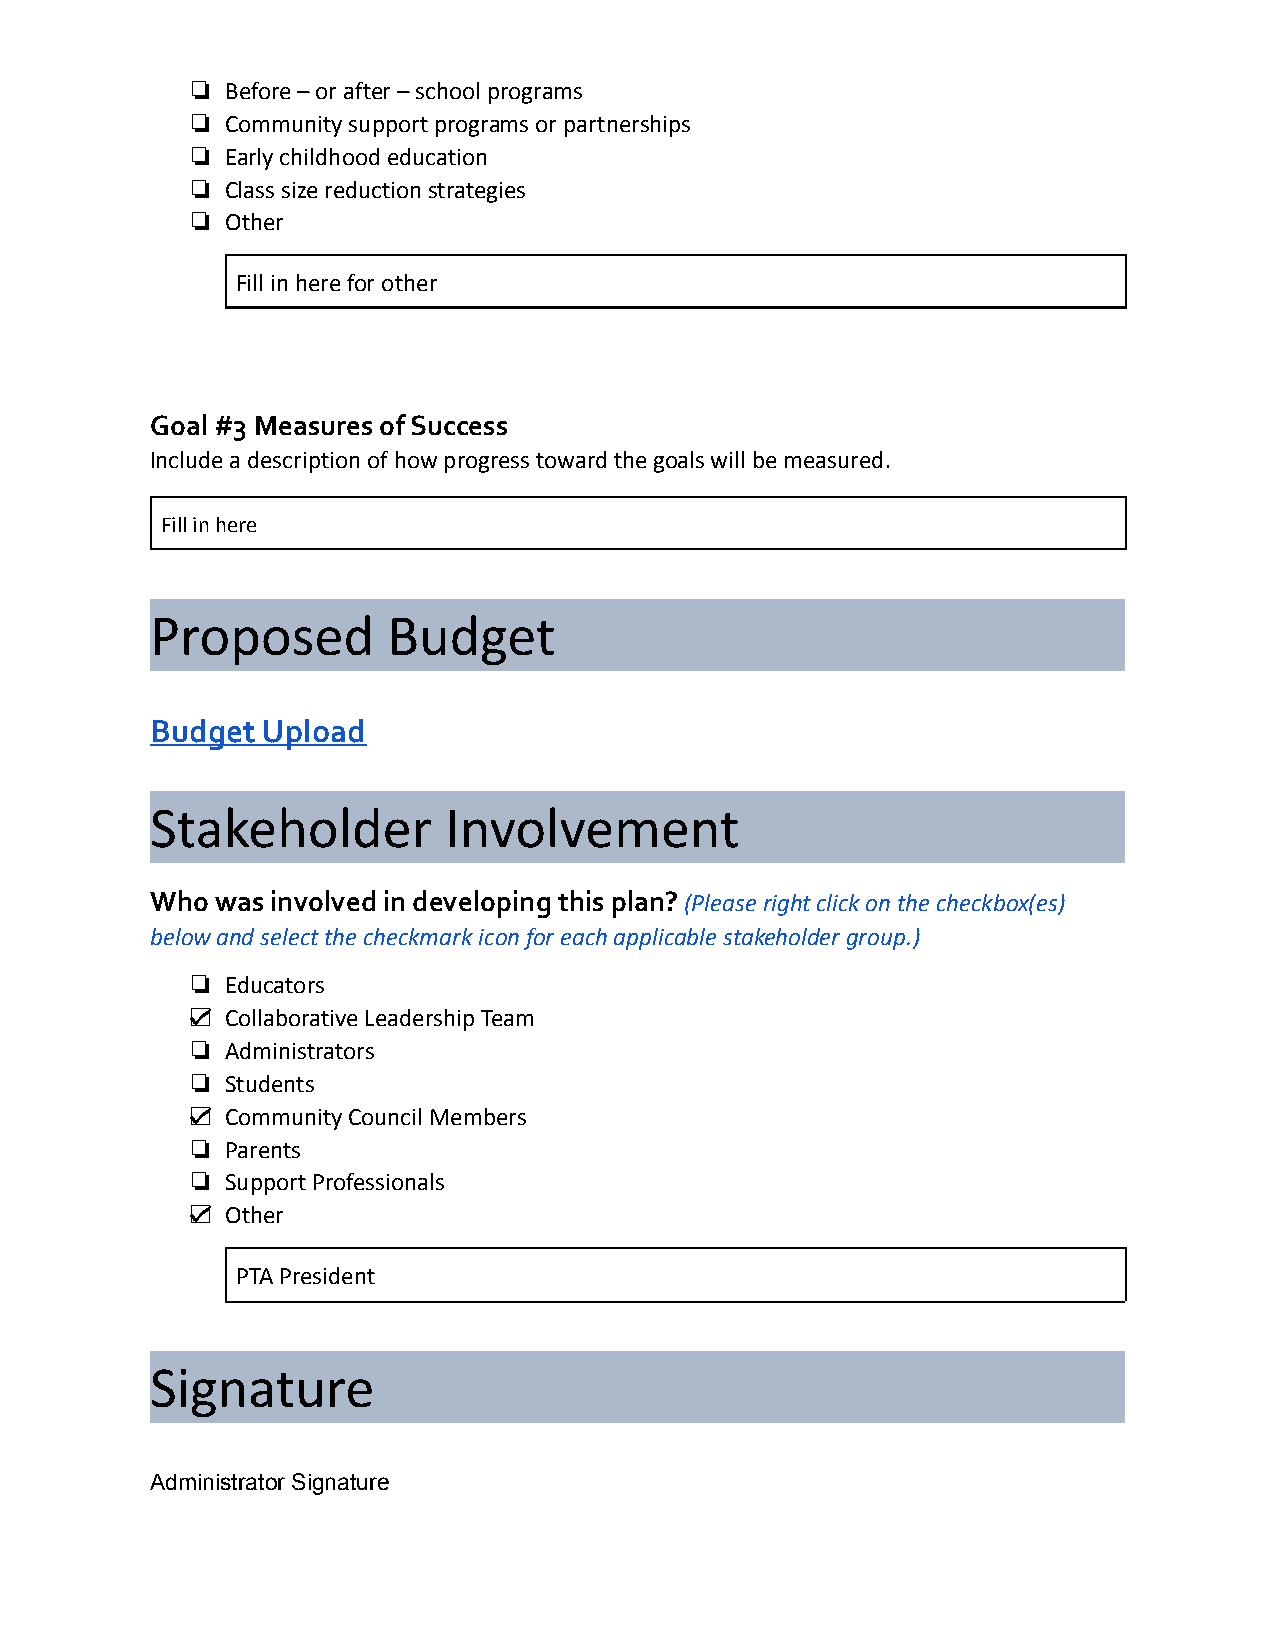
❏  Before – or after – school programs
 ❏  Community support programs or partnerships
 ❏  Early childhood education
 ❏  Class size reduction strategies
 ❏  Other
 Fill in here for other
 Goal #3 Measures of Success
 Include a description of how progress toward the goals will be measured.
 Fill in here
 Proposed        Budget
 Budget Upload
 Stakeholder        Involvement
 Who was involved in developing this plan?(Pleaseright click on the checkbox(es)
 below and select the checkmark icon for each applicable stakeholder group.)
 ❏  Educators
 ☑  Collaborative Leadership Team
 ❏  Administrators
 ❏  Students
 ☑  Community Council Members
 ❏  Parents
 ❏  Support Professionals
 ☑  Other
 PTA President
 Signature
 Administrator Signature